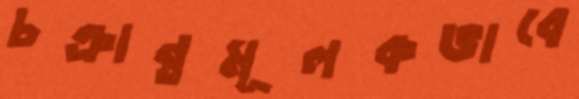
চক্রান্তমূলকভাবে